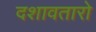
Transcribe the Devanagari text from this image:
दशावतारो